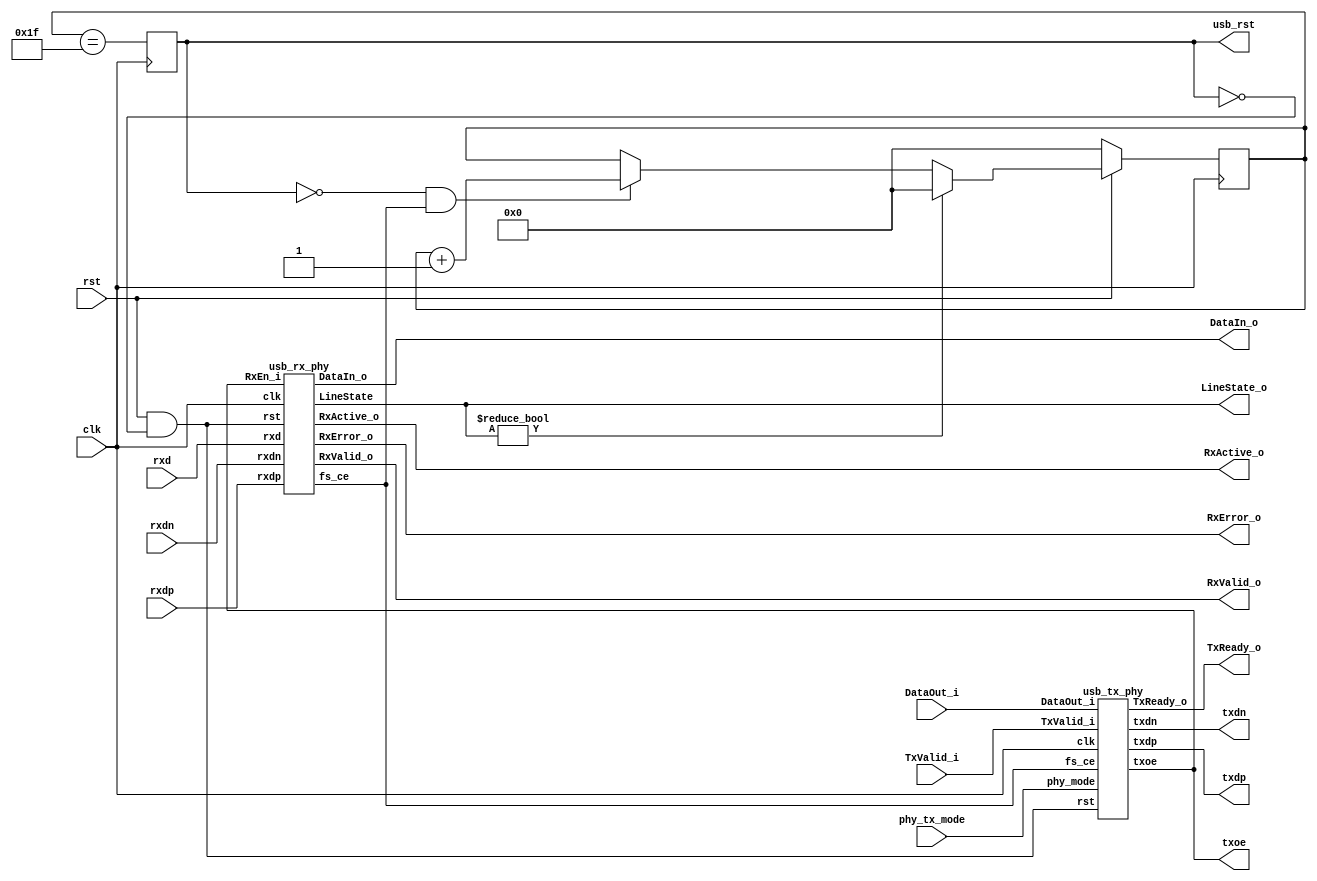
// Adapted for vl2mv by Fabio Somenzi <Fabio@Colorado.EDU>

/////////////////////////////////////////////////////////////////////
////                                                             ////
////  USB 1.1 PHY                                                ////
////                                                             ////
////                                                             ////
////          rudi@asics.ws                                      ////
////                                                             ////
////                                                             ////
////  Downloaded from: http://www.opencores.org/cores/usb_phy/   ////
////                                                             ////
/////////////////////////////////////////////////////////////////////
////                                                             ////
//// Copyright (C) 2000-2002 Rudolf Usselmann                    ////
////                         www.asics.ws                        ////
////                         rudi@asics.ws                       ////
////                                                             ////
//// This source file may be used and distributed without        ////
//// restriction provided that this copyright statement is not   ////
//// removed from the file and that any derivative work contains ////
//// the original copyright notice and the associated disclaimer.////
////                                                             ////
////     THIS SOFTWARE IS PROVIDED ``AS IS'' AND WITHOUT ANY     ////
//// EXPRESS OR IMPLIED WARRANTIES, INCLUDING, BUT NOT LIMITED   ////
//// TO, THE IMPLIED WARRANTIES OF MERCHANTABILITY AND FITNESS   ////
//// FOR A PARTICULAR PURPOSE. IN NO EVENT SHALL THE AUTHOR      ////
//// OR CONTRIBUTORS BE LIABLE FOR ANY DIRECT, INDIRECT,         ////
//// INCIDENTAL, SPECIAL, EXEMPLARY, OR CONSEQUENTIAL DAMAGES    ////
//// (INCLUDING, BUT NOT LIMITED TO, PROCUREMENT OF SUBSTITUTE   ////
//// GOODS OR SERVICES; LOSS OF USE, DATA, OR PROFITS; OR        ////
//// BUSINESS INTERRUPTION) HOWEVER CAUSED AND ON ANY THEORY OF  ////
//// LIABILITY, WHETHER IN  CONTRACT, STRICT LIABILITY, OR TORT  ////
//// (INCLUDING NEGLIGENCE OR OTHERWISE) ARISING IN ANY WAY OUT  ////
//// OF THE USE OF THIS SOFTWARE, EVEN IF ADVISED OF THE         ////
//// POSSIBILITY OF SUCH DAMAGE.                                 ////
////                                                             ////
/////////////////////////////////////////////////////////////////////

//  CVS Log
//
//  $Id: usb_phy_1.v,v 1.1 2004/12/29 00:59:38 hjain Exp $
//
//  $Date: 2004/12/29 00:59:38 $
//  $Revision: 1.1 $
//  $Author: hjain $
//  $Locker:  $
//  $State: Exp $
//
// Change History:
//               $Log: usb_phy_1.v,v $
//               Revision 1.1  2004/12/29 00:59:38  hjain
//               usb
//               sdlx
//               pibus
//               mpeg
//               miim
//               tc bench
//               itccc
//
//               Revision 1.1  2004/05/28 22:17:03  hjain
//               Neq exampleCVS: ----------------------------------------------------------------------
//
//               Revision 1.2  2002/09/16 16:06:37  rudi
//               Changed top level name to be consistent ...
//
//               Revision 1.1.1.1  2002/09/16 14:26:59  rudi
//               Created Directory Structure
//
//
//
//
//
//
//
//


//typedef enum {
//	      IDLE,
//	      SOP,
//	      DATA,
//	      EOP1,
///	      EOP2,
//	      WAIT
//	      } TxState;


`define IDLE 3'b000
`define SOP 3'b001
`define DATA 3'b011
`define EOP1 3'b100
`define EOP2  3'b101
`define WAIT 3'b110


//typedef enum {
//	      FS_IDLE,
//	      K1,
//	      J1,
///	      K2,
//	      J2,
//	      K3,
//	      J3,
//	      K4
//	      } RxState;

`define FS_IDLE 3'b000
`define K1 3'b001
`define J1 3'b010
`define K2 3'b011
`define J2 3'b100
`define K3 3'b101
`define J3 3'b110
`define K4 3'b111



module main(clk, rst, phy_tx_mode, usb_rst,
	
		// Transciever Interface
		txdp, txdn, txoe,	
		rxd, rxdp, rxdn,

		// UTMI Interface
		DataOut_i, TxValid_i, TxReady_o, RxValid_o,
		RxActive_o, RxError_o, DataIn_o, LineState_o
		);

    input		clk;
    input 		rst;
    input 		phy_tx_mode;
    output 		usb_rst;
    output 		txdp, txdn, txoe;
    input 		rxd, rxdp, rxdn;
    input [7:0] 	DataOut_i;
    input 		TxValid_i;
    output 		TxReady_o;
    output [7:0] 	DataIn_o;
    output 		RxValid_o;
    output 		RxActive_o;
    output 		RxError_o;
    output [1:0] 	LineState_o;

    ///////////////////////////////////////////////////////////////////
    //
    // Local Wires and Registers
    //

    reg [4:0] 		rst_cnt;
    reg 		usb_rst;
    wire 		reset;

    initial begin
	rst_cnt = 5'h0;
	usb_rst = 0;
    end

    ///////////////////////////////////////////////////////////////////
    //
    // Misc Logic
    //

    assign reset = rst & ~usb_rst;

    ///////////////////////////////////////////////////////////////////
    //
    // TX Phy
    //

    usb_tx_phy i_tx_phy(
			.clk(		clk		),
			.rst(		reset		),
			.fs_ce(		fs_ce		),
			.phy_mode(	phy_tx_mode	),

			// Transciever Interface
			.txdp(		txdp		),
			.txdn(		txdn		),
			.txoe(		txoe		),

			// UTMI Interface
			.DataOut_i(	DataOut_i	),
			.TxValid_i(	TxValid_i	),
			.TxReady_o(	TxReady_o	)
			);

    ///////////////////////////////////////////////////////////////////
    //
    // RX Phy and DPLL
    //

    usb_rx_phy i_rx_phy(
			.clk(		clk		),
			.rst(		reset		),
			.fs_ce(		fs_ce		),

			// Transciever Interface
			.rxd(		rxd		),
			.rxdp(		rxdp		),
			.rxdn(		rxdn		),

			// UTMI Interface
			.DataIn_o(	DataIn_o	),
			.RxValid_o(	RxValid_o	),
			.RxActive_o(	RxActive_o	),
			.RxError_o(	RxError_o	),
			.RxEn_i(	txoe		),
			.LineState(	LineState_o	)
			);

    ///////////////////////////////////////////////////////////////////
    //
    // Generate an USB Reset is we see SE0 for at least 2.5uS
    //

    always @(posedge clk)
      if(!rst)				rst_cnt = 5'h0;
      else
	if(LineState_o != 2'h0)		rst_cnt = 5'h0;
	else	
	  if(!usb_rst & fs_ce)		rst_cnt = rst_cnt + 5'h1;

    always @(posedge clk)
      usb_rst = (rst_cnt == 5'd31);

endmodule // usb_phy


//`include "usb_tx_phy.v"

//`include "usb_rx_phy.v"

// Adapted for vl2mv by Fabio Somenzi <Fabio@Colorado.EDU>

/////////////////////////////////////////////////////////////////////
////                                                             ////
////  USB 1.1 PHY                                                ////
////  TX                                                         ////
////                                                             ////
////                                                             ////
////          rudi@asics.ws                                      ////
////                                                             ////
////                                                             ////
////  Downloaded from: http://www.opencores.org/cores/usb_phy/   ////
////                                                             ////
/////////////////////////////////////////////////////////////////////
////                                                             ////
//// Copyright (C) 2000-2002 Rudolf Usselmann                    ////
////                         www.asics.ws                        ////
////                         rudi@asics.ws                       ////
////                                                             ////
//// This source file may be used and distributed without        ////
//// restriction provided that this copyright statement is not   ////
//// removed from the file and that any derivative work contains ////
//// the original copyright notice and the associated disclaimer.////
////                                                             ////
////     THIS SOFTWARE IS PROVIDED ``AS IS'' AND WITHOUT ANY     ////
//// EXPRESS OR IMPLIED WARRANTIES, INCLUDING, BUT NOT LIMITED   ////
//// TO, THE IMPLIED WARRANTIES OF MERCHANTABILITY AND FITNESS   ////
//// FOR A PARTICULAR PURPOSE. IN NO EVENT SHALL THE AUTHOR      ////
//// OR CONTRIBUTORS BE LIABLE FOR ANY DIRECT, INDIRECT,         ////
//// INCIDENTAL, SPECIAL, EXEMPLARY, OR CONSEQUENTIAL DAMAGES    ////
//// (INCLUDING, BUT NOT LIMITED TO, PROCUREMENT OF SUBSTITUTE   ////
//// GOODS OR SERVICES; LOSS OF USE, DATA, OR PROFITS; OR        ////
//// BUSINESS INTERRUPTION) HOWEVER CAUSED AND ON ANY THEORY OF  ////
//// LIABILITY, WHETHER IN  CONTRACT, STRICT LIABILITY, OR TORT  ////
//// (INCLUDING NEGLIGENCE OR OTHERWISE) ARISING IN ANY WAY OUT  ////
//// OF THE USE OF THIS SOFTWARE, EVEN IF ADVISED OF THE         ////
//// POSSIBILITY OF SUCH DAMAGE.                                 ////
////                                                             ////
/////////////////////////////////////////////////////////////////////

//  CVS Log
//
//  $Id: usb_phy_1.v,v 1.1 2004/12/29 00:59:38 hjain Exp $
//
//  $Date: 2004/12/29 00:59:38 $
//  $Revision: 1.1 $
//  $Author: hjain $
//  $Locker:  $
//  $State: Exp $
//
// Change History:
//               $Log: usb_phy_1.v,v $
//               Revision 1.1  2004/12/29 00:59:38  hjain
//               usb
//               sdlx
//               pibus
//               mpeg
//               miim
//               tc bench
//               itccc
//
//               Revision 1.1  2004/05/28 22:17:03  hjain
//               Neq exampleCVS: ----------------------------------------------------------------------
//
//               Revision 1.1.1.1  2002/09/16 14:27:02  rudi
//               Created Directory Structure
//
//
//
//
//
//
//


module usb_tx_phy(
		clk, rst, fs_ce, phy_mode,

		// Transciever Interface
		txdp, txdn, txoe,	

		// UTMI Interface
		DataOut_i, TxValid_i, TxReady_o
		);

    input		clk;
    input 		rst;
    input 		fs_ce;
    input 		phy_mode;
    output 		txdp, txdn, txoe;
    input [7:0] 	DataOut_i;
    input 		TxValid_i;
    output 		TxReady_o;

    ///////////////////////////////////////////////////////////////////
    //
    // Local Wires and Registers
    //

    reg 		TxReady_o;
     reg[2:0] 	state;
    reg 		tx_ready;
    reg 		tx_ready_d;
    reg 		ld_sop_d;
    reg 		ld_data_d;
    reg 		ld_eop_d;
    reg 		tx_ip;
    reg 		tx_ip_sync;
    reg [2:0] 		bit_cnt;
    reg [7:0] 		hold_reg;
    reg 		sd_raw_o;
    wire 		hold;
    reg 		data_done;
    reg 		sft_done;
    reg 		sft_done_r;
    wire 		sft_done_e;
    reg 		ld_data;
    wire 		eop_done;
    reg [2:0] 		one_cnt;
    wire 		stuff;
    reg 		sd_bs_o;
    reg 		sd_nrzi_o;
    reg 		append_eop;
    reg 		append_eop_sync1;
    reg 		append_eop_sync2;
    reg 		append_eop_sync3;
    reg 		txdp, txdn;
    reg 		txoe_r1, txoe_r2;
    reg 		txoe;

    initial begin
	TxReady_o = 1'b0;
	tx_ip = 1'b0;
	tx_ip_sync = 1'b0;
	data_done = 1'b0;
	bit_cnt = 3'h0;
	one_cnt = 3'h0;
	sd_bs_o = 1'h0;
	sd_nrzi_o = 1'b1;
	append_eop = 1'b0;
	append_eop_sync1 = 1'b0;
	append_eop_sync2 = 1'b0;
	append_eop_sync3 = 1'b0;
	txoe_r1 = 1'b0;
	txoe_r2 = 1'b0;
	txoe = 1'b1;
	txdp = 1'b1;
	txdn = 1'b0;
	state = `IDLE;
	ld_data = 0;
	sft_done = 0;
	sd_raw_o = 0;
	ld_eop_d = 0;
	hold_reg = 0;
	sft_done_r = 0;
	tx_ready = 0;
	tx_ready_d = 0;
	ld_data_d = 0;
	ld_sop_d = 0;
    end


    ///////////////////////////////////////////////////////////////////
    //
    // Misc Logic
    //

    always @(posedge clk)
      tx_ready = tx_ready_d;

    always @(posedge clk)
      if(!rst)	TxReady_o = 1'b0;
      else	TxReady_o = tx_ready_d & TxValid_i;

    always @(posedge clk)
      ld_data = ld_data_d;

    ///////////////////////////////////////////////////////////////////
    //
    // Transmit in progress indicator
    //

    always @(posedge clk)
      if(!rst)		tx_ip = 1'b0;
      else
	if(ld_sop_d)	tx_ip = 1'b1;
	else
	  if(eop_done)	tx_ip = 1'b0;

    always @(posedge clk)
      if(!rst)		tx_ip_sync = 1'b0;
      else
	if(fs_ce)	tx_ip_sync = tx_ip;

    // data_done helps us to catch cases where TxValid drops due to
    // packet end and then gets re-asserted as a new packet starts.
    // We might not see this because we are still transmitting.
    // data_done should solve those cases ...
    always @(posedge clk)
      if(!rst)			data_done = 1'b0;
      else
	if(TxValid_i & ! tx_ip)	data_done = 1'b1;
	else
	  if(!TxValid_i)	data_done = 1'b0;

    ///////////////////////////////////////////////////////////////////
    //
    // Shift Register
    //

    always @(posedge clk)
      if(!rst)			bit_cnt = 3'h0;
      else
	if(!tx_ip_sync)		bit_cnt = 3'h0;
	else
	  if(fs_ce & !hold)	bit_cnt = bit_cnt + 3'h1;

    assign hold = stuff;

    always @(posedge clk)
      if(!tx_ip_sync)		sd_raw_o = 1'b0;
      else
	case(bit_cnt)
	  3'h0: sd_raw_o = hold_reg[0];
	  3'h1: sd_raw_o = hold_reg[1];
	  3'h2: sd_raw_o = hold_reg[2];
	  3'h3: sd_raw_o = hold_reg[3];
	  3'h4: sd_raw_o = hold_reg[4];
	  3'h5: sd_raw_o = hold_reg[5];
	  3'h6: sd_raw_o = hold_reg[6];
	  3'h7: sd_raw_o = hold_reg[7];
	endcase

    always @(posedge clk)
      sft_done = !hold & (bit_cnt == 3'h7);

    always @(posedge clk)
      sft_done_r = sft_done;

    assign sft_done_e = sft_done & !sft_done_r;

    // Out Data Hold Register
    always @(posedge clk)
      if(ld_sop_d)	hold_reg = 8'h80;
      else
	if(ld_data)	hold_reg = DataOut_i;

    ///////////////////////////////////////////////////////////////////
    //
    // Bit Stuffer
    //

    always @(posedge clk)
      if(!rst)				one_cnt = 3'h0;
      else
	if(!tx_ip_sync)			one_cnt = 3'h0;
	else
	  if(fs_ce)
	    begin
		if(!sd_raw_o | stuff)	one_cnt = 3'h0;
		else			one_cnt = one_cnt + 3'h1;
	    end

    assign stuff = (one_cnt==3'h6);

    always @(posedge clk)
      if(!rst)		sd_bs_o = 1'h0;
      else
	if(fs_ce)	sd_bs_o = !tx_ip_sync ? 1'b0 :
				  (stuff ? 1'b0 : sd_raw_o);

    ///////////////////////////////////////////////////////////////////
    //
    // NRZI Encoder
    //

    always @(posedge clk)
      if(!rst)				sd_nrzi_o = 1'b1;
      else
	if(!tx_ip_sync | !txoe_r1)	sd_nrzi_o = 1'b1;
	else
	  if(fs_ce)		sd_nrzi_o = sd_bs_o ? sd_nrzi_o : ~sd_nrzi_o;

    ///////////////////////////////////////////////////////////////////
    //
    // EOP append logic
    //

    always @(posedge clk)
      if(!rst)			append_eop = 1'b0;
      else
	if(ld_eop_d)		append_eop = 1'b1;
	else
	  if(append_eop_sync2)	append_eop = 1'b0;

    always @(posedge clk)
      if(!rst)		append_eop_sync1 = 1'b0;
      else
	if(fs_ce)	append_eop_sync1 = append_eop;

    always @(posedge clk)
      if(!rst)		append_eop_sync2 = 1'b0;
      else
	if(fs_ce)	append_eop_sync2 = append_eop_sync1;

    always @(posedge clk)
      if(!rst)		append_eop_sync3 = 1'b0;
      else
	if(fs_ce)	append_eop_sync3 = append_eop_sync2;

    assign eop_done = append_eop_sync3;

    ///////////////////////////////////////////////////////////////////
    //
    // Output Enable Logic
    //

    always @(posedge clk)
      if(!rst)		txoe_r1 = 1'b0;
      else
	if(fs_ce)	txoe_r1 = tx_ip_sync;

    always @(posedge clk)
      if(!rst)		txoe_r2 = 1'b0;
      else
	if(fs_ce)	txoe_r2 = txoe_r1;

    always @(posedge clk)
      if(!rst)		txoe = 1'b1;
      else
	if(fs_ce)	txoe = !(txoe_r1 | txoe_r2);

    ///////////////////////////////////////////////////////////////////
    //
    // Output Registers
    //

    always @(posedge clk)
      if(!rst)		txdp = 1'b1;
      else
	if(fs_ce)	txdp = phy_mode ?
			       (!append_eop_sync3 &  sd_nrzi_o) :
			       sd_nrzi_o;

    always @(posedge clk)
      if(!rst)		txdn = 1'b0;
      else
	if(fs_ce)	txdn = phy_mode ?
			       (!append_eop_sync3 & ~sd_nrzi_o) :
			       append_eop_sync3;

    ///////////////////////////////////////////////////////////////////
    //
    // Tx state machine
    //

    always @(posedge clk) begin
	if(!rst)	
	  state = `IDLE;
	else begin
	    tx_ready_d = 1'b0;

	    ld_sop_d = 1'b0;
	    ld_data_d = 1'b0;
	    ld_eop_d = 1'b0;

	    case(state)
	      `IDLE: begin
		  if(TxValid_i)
		    begin
			ld_sop_d = 1'b1;
			state = `SOP;
		    end
	      end
	      `SOP: begin
		  if(sft_done_e)
		    begin
			tx_ready_d = 1'b1;
			ld_data_d = 1'b1;
			state = `DATA;
		    end
	      end
	      `DATA: begin
		  if(!data_done & sft_done_e)
		    begin
			ld_eop_d = 1'b1;
			state = `EOP1;
		    end

		  if(data_done & sft_done_e)
		    begin
			tx_ready_d = 1'b1;
			ld_data_d = 1'b1;
		    end
	      end
	      `EOP1: begin
		  if(eop_done)		state = `EOP2;
	      end
	      `EOP2: begin
		  if(!eop_done & fs_ce)	state = `WAIT;
	      end
	      `WAIT: begin
		  if(fs_ce)			state = `IDLE;
	      end
	    endcase
	end
    end

endmodule // usb_tx_phy



// Adapted for vl2mv by Fabio Somenzi <Fabio@Colorado.EDU>

/////////////////////////////////////////////////////////////////////
////                                                             ////
////  USB 1.1 PHY                                                ////
////  RX & DPLL                                                  ////
////                                                             ////
////                                                             ////
////          rudi@asics.ws                                      ////
////                                                             ////
////                                                             ////
////  Downloaded from: http://www.opencores.org/cores/usb_phy/   ////
////                                                             ////
/////////////////////////////////////////////////////////////////////
////                                                             ////
//// Copyright (C) 2000-2002 Rudolf Usselmann                    ////
////                         www.asics.ws                        ////
////                         rudi@asics.ws                       ////
////                                                             ////
//// This source file may be used and distributed without        ////
//// restriction provided that this copyright statement is not   ////
//// removed from the file and that any derivative work contains ////
//// the original copyright notice and the associated disclaimer.////
////                                                             ////
////     THIS SOFTWARE IS PROVIDED ``AS IS'' AND WITHOUT ANY     ////
//// EXPRESS OR IMPLIED WARRANTIES, INCLUDING, BUT NOT LIMITED   ////
//// TO, THE IMPLIED WARRANTIES OF MERCHANTABILITY AND FITNESS   ////
//// FOR A PARTICULAR PURPOSE. IN NO EVENT SHALL THE AUTHOR      ////
//// OR CONTRIBUTORS BE LIABLE FOR ANY DIRECT, INDIRECT,         ////
//// INCIDENTAL, SPECIAL, EXEMPLARY, OR CONSEQUENTIAL DAMAGES    ////
//// (INCLUDING, BUT NOT LIMITED TO, PROCUREMENT OF SUBSTITUTE   ////
//// GOODS OR SERVICES; LOSS OF USE, DATA, OR PROFITS; OR        ////
//// BUSINESS INTERRUPTION) HOWEVER CAUSED AND ON ANY THEORY OF  ////
//// LIABILITY, WHETHER IN  CONTRACT, STRICT LIABILITY, OR TORT  ////
//// (INCLUDING NEGLIGENCE OR OTHERWISE) ARISING IN ANY WAY OUT  ////
//// OF THE USE OF THIS SOFTWARE, EVEN IF ADVISED OF THE         ////
//// POSSIBILITY OF SUCH DAMAGE.                                 ////
////                                                             ////
/////////////////////////////////////////////////////////////////////

//  CVS Log
//
//  $Id: usb_phy_1.v,v 1.1 2004/12/29 00:59:38 hjain Exp $
//
//  $Date: 2004/12/29 00:59:38 $
//  $Revision: 1.1 $
//  $Author: hjain $
//  $Locker:  $
//  $State: Exp $
//
// Change History:
//               $Log: usb_phy_1.v,v $
//               Revision 1.1  2004/12/29 00:59:38  hjain
//               usb
//               sdlx
//               pibus
//               mpeg
//               miim
//               tc bench
//               itccc
//
//               Revision 1.1  2004/05/28 22:17:03  hjain
//               Neq exampleCVS: ----------------------------------------------------------------------
//
//               Revision 1.1.1.1  2002/09/16 14:27:01  rudi
//               Created Directory Structure
//
//
//
//
//
//
//
//


module usb_rx_phy(	clk, rst, fs_ce,
			// Transciever Interface
			rxd, rxdp, rxdn,

			// UTMI Interface
			RxValid_o, RxActive_o, RxError_o, DataIn_o,
			RxEn_i, LineState);

    input		clk;
    input 		rst;
    output 		fs_ce;
    input 		rxd, rxdp, rxdn;
    output [7:0] 	DataIn_o;
    output 		RxValid_o;
    output 		RxActive_o;
    output 		RxError_o;
    input 		RxEn_i;
    output [1:0] 	LineState;

    ///////////////////////////////////////////////////////////////////
    //
    // Local Wires and Registers
    //

    reg 		rxd_t1,  rxd_s1,  rxd_s;
    reg 		rxdp_t1, rxdp_s1, rxdp_s;
    reg 		rxdn_t1, rxdn_s1, rxdn_s;
    reg 		synced_d;
    wire 		k, j, se0;
    reg 		rx_en;
    reg 		rx_active;
    reg [2:0] 		bit_cnt;
    reg 		rx_valid1, rx_valid;
    reg 		shift_en;
    reg 		sd_r;
    reg 		sd_nrzi;
    reg [7:0] 		hold_reg;
    wire 		drop_bit;	// Indicates a stuffed bit
    reg [2:0] 		one_cnt;

    reg [1:0] 		dpll_state;
    reg 		fs_ce_d, fs_ce;
    wire 		change;
    reg 		rxdp_s1r, rxdn_s1r;
    wire 		lock_en;
    reg 		fs_ce_r1, fs_ce_r2, fs_ce_r3;
     reg [2:0]	fs_state;
    reg 		rx_valid_r;

    initial begin
	dpll_state = 2'h1;
	fs_state = `FS_IDLE;
	rx_active = 1'b0;
	sd_nrzi = 1'b0;
	one_cnt = 3'h0;
	bit_cnt = 3'b0;
	rx_valid1 = 1'b0;
	rxdp_s1 = 0;
	rxd_t1 = 0;
	rxdn_s1 = 0;
	fs_ce = 0;
	synced_d = 0;
	hold_reg = 0;
	rxdn_t1 = 0;
	sd_r = 0;
	rxdp_s1r = 0;
	rxdn_s1r = 0;
	rxd_s = 0;
	rxdp_t1 = 0;
	fs_ce_r1 = 0;
	rx_valid_r = 0;
	rxdn_s = 0;
	rx_en = 0;
	rx_valid = 0;
	fs_ce_d = 0;
	fs_ce_r2 = 0;
	rxd_s1 = 0;
	rxdp_s = 0;
	shift_en = 0;
	fs_ce_r3 = 0;
    end

    ///////////////////////////////////////////////////////////////////
    //
    // Misc Logic
    //

    assign RxActive_o = rx_active;
    assign RxValid_o = rx_valid;
    assign RxError_o = 0;
    assign DataIn_o = hold_reg;
    assign LineState = {rxdp_s1, rxdn_s1};

    always @(posedge clk)
      rx_en = RxEn_i;

    ///////////////////////////////////////////////////////////////////
    //
    // Synchronize Inputs
    //

    // First synchronize to the local system clock to
    // avoid metastability outside the sync block (*_s1)
    // Second synchronise to the internal bit clock (*_s)
    always @(posedge clk)
      rxd_t1 = rxd;

    always @(posedge clk)
      rxd_s1 = rxd_t1;

    always @(posedge clk)
      rxd_s = rxd_s1;

    always @(posedge clk)
      rxdp_t1 = rxdp;

    always @(posedge clk)
      rxdp_s1 = rxdp_t1;

    always @(posedge clk)
      rxdp_s = rxdp_s1;

    always @(posedge clk)
      rxdn_t1 = rxdn;

    always @(posedge clk)
      rxdn_s1 = rxdn_t1;

    always @(posedge clk)
      rxdn_s = rxdn_s1;

    assign k = !rxdp_s &  rxdn_s;
    assign j =  rxdp_s & !rxdn_s;
    assign se0 = !rxdp_s & !rxdn_s;

    ///////////////////////////////////////////////////////////////////
    //
    // DPLL
    //

    // This design uses a clock enable to do 12MHz timing and not a
    // real 12MHz clock. Everything always runs at 48MHz. We want to
    // make sure however, that the clock enable is always exactly in
    // the middle between two virtual 12MHz rising edges.
    // We monitor rxdp and rxdn for any changes and do the appropiate
    // adjustments.
    // In addition to the locking done in the dpll FSM, we adjust the
    // final latch enable to compensate for various sync registers ...

    // Allow locking only when we are receiving
    assign	lock_en = rx_en;

    // Edge detector
    always @(posedge clk)
      rxdp_s1r = rxdp_s1;

    always @(posedge clk)
      rxdn_s1r = rxdn_s1;

    assign change = (rxdp_s1r != rxdp_s1) | (rxdn_s1r != rxdn_s1);

    // DPLL FSM
    always @(posedge clk)
      if(!rst)	dpll_state = 2'h1;
      else
	begin
	    fs_ce_d = 1'b0;
	    case(dpll_state)
	      2'h0:
		if(lock_en & change)	dpll_state = 2'h0;
		else			dpll_state = 2'h1;
	      2'h1: begin
		  fs_ce_d = 1'b1;
		  if(lock_en & change)	dpll_state = 2'h3;
		  else			dpll_state = 2'h2;
	      end
	      2'h2:
		if(lock_en & change)	dpll_state = 2'h0;
		else			dpll_state = 2'h3;
	      2'h3:
		if(lock_en & change)	dpll_state = 2'h0;
		else			dpll_state = 2'h0;
	    endcase
	end

    // Compensate for sync registers at the input - align full speed
    // clock enable to be in the middle between two bit changes ...
    always @(posedge clk)
      fs_ce_r1 = fs_ce_d;

    always @(posedge clk)
      fs_ce_r2 = fs_ce_r1;

    always @(posedge clk)
      fs_ce_r3 = fs_ce_r2;

    always @(posedge clk)
      fs_ce = fs_ce_r3;

    ///////////////////////////////////////////////////////////////////
    //
    // Find Sync Pattern FSM
    //

    always @(posedge clk)
      if(!rst)	fs_state = `FS_IDLE;
      else
	begin
	    synced_d = 1'b0;
	    if(fs_ce)
	      case(fs_state)
		`FS_IDLE: begin
		    if(k & rx_en)	fs_state = `K1;
		end
		`K1: begin
		    if(j & rx_en)	fs_state = `J1;
		    else		fs_state = `FS_IDLE;
		end
		`J1: begin
		    if(k & rx_en)	fs_state = `K2;
		    else		fs_state = `FS_IDLE;
		end
		`K2: begin
		    if(j & rx_en)	fs_state = `J2;
		    else		fs_state = `FS_IDLE;
		end
		`J2: begin
		    if(k & rx_en)	fs_state = `K3;
		    else		fs_state = `FS_IDLE;
		end
		`K3: begin
		    if(j & rx_en)	fs_state = `J3;
		    else
		      if(k & rx_en)	fs_state = `K4;	// Allow missing one J
		      else		fs_state = `FS_IDLE;
		end
		`J3: begin
		    if(k & rx_en)	fs_state = `K4;
		    else		fs_state = `FS_IDLE;
		end
		`K4: begin
		    if(k)	synced_d = 1'b1;
		    fs_state = `FS_IDLE;
		end
	      endcase
	end

    ///////////////////////////////////////////////////////////////////
    //
    // Generate RxActive
    //

    always @(posedge clk)
      if(!rst)			rx_active = 1'b0;
      else
	if(synced_d & rx_en)	rx_active = 1'b1;
	else
	  if(se0 & rx_valid_r )	rx_active = 1'b0;

    always @(posedge clk)
      if(rx_valid)	rx_valid_r = 1'b1;
      else
	if(fs_ce)	rx_valid_r = 1'b0;

    ///////////////////////////////////////////////////////////////////
    //
    // NRZI Decoder
    //

    always @(posedge clk)
      if(fs_ce)	sd_r = rxd_s;

    always @(posedge clk)
      if(!rst)			sd_nrzi = 1'b0;
      else
	if(rx_active & fs_ce)	sd_nrzi = !(rxd_s ^ sd_r);

    ///////////////////////////////////////////////////////////////////
    //
    // Bit Stuff Detect
    //

    always @(posedge clk)
      if(!rst)		one_cnt = 3'h0;
      else
	if(!shift_en)	one_cnt = 3'h0;
	else
	  if(fs_ce)
	    begin
		if(!sd_nrzi | drop_bit)	one_cnt = 3'h0;
		else			one_cnt = one_cnt + 3'h1;
	    end

    assign drop_bit = (one_cnt==3'h6);

    ///////////////////////////////////////////////////////////////////
    //
    // Serial => Parallel converter
    //

    always @(posedge clk)
      if(fs_ce)	shift_en = synced_d | rx_active;

    always @(posedge clk)
      if(fs_ce & shift_en & !drop_bit)
	hold_reg = {sd_nrzi, hold_reg[7:1]};

    ///////////////////////////////////////////////////////////////////
    //
    // Generate RxValid
    //

    always @(posedge clk)
      if(!rst)			bit_cnt = 3'b0;
      else
	if(!shift_en)		bit_cnt = 3'h0;
	else
	  if(fs_ce & !drop_bit)	bit_cnt = bit_cnt + 3'h1;

    always @(posedge clk)
      if(!rst)					rx_valid1 = 1'b0;
      else
	if(fs_ce & !drop_bit & (bit_cnt==3'h7))	rx_valid1 = 1'b1;
	else
	  if(rx_valid1 & fs_ce & !drop_bit)	rx_valid1 = 1'b0;

    always @(posedge clk)
      rx_valid = !drop_bit & rx_valid1 & fs_ce;

endmodule // usb_rx_phy